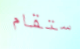
ستقام